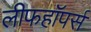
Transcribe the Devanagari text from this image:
लीफहॉपर्स